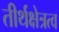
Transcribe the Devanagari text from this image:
तीर्थक्षेत्रत्व